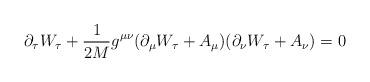
LaTeX: \begin{align*}\partial_{\tau} W_{\tau}+\frac{1}{2M}g^{\mu\nu}(\partial_{\mu} W_{\tau} +A_{\mu})(\partial_{\nu}W_{\tau}+A_{\nu}) =0\end{align*}